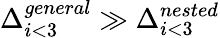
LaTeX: \Delta_{i<3}^{general}\gg\Delta_{i<3}^{nested}